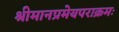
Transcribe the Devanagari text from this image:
श्रीमानप्रमेयपराक्रमः